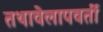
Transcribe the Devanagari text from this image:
तथावेलापवर्ती